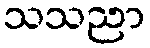
သသညာ